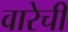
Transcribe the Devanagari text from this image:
वारेची